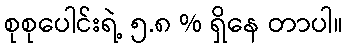
စုစုပေါင်းရဲ့ ၅.၈ % ရှိနေ တာပါ။